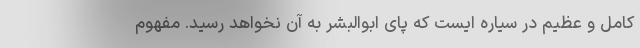
کامل و عظیم در سیاره ایست که پای ابوالبشر به آن نخواهد رسید. مفهوم